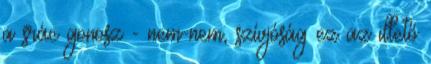
a srác gonosz - nem-nem, szívjóság ez az illető